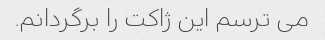
می ترسم این ژاکت را برگردانم.